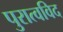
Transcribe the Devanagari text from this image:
पुरात्वविद